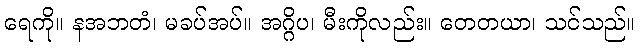
ရေကို။ နအဘတံ၊ မခပ်အပ်။ အဂ္ဂိပ၊ မီးကိုလည်း။ တေတယာ၊ သင်သည်။